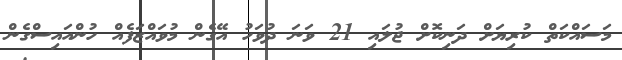
މަސައްކަތް ކުރިޔަށް ދަނިކޮށް ޖުލައި 21 ވަނަ ދުވަހު އޭގެން މުވައްޒަފެއް ހުންއައިސްގެން